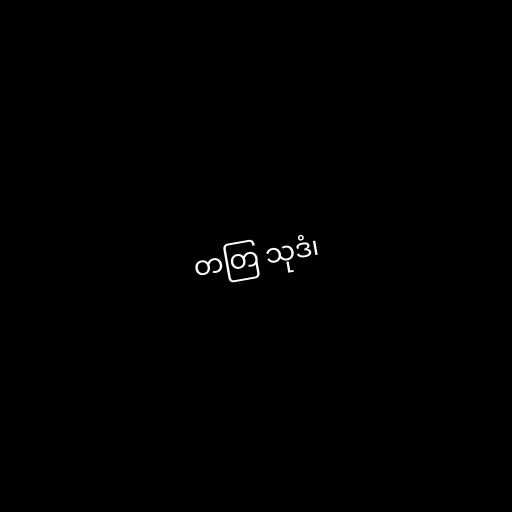
တတြ သုဒံ၊